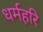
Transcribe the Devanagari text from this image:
धर्महरि